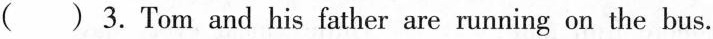
( ) 3. Tom and his father are running on the bus.